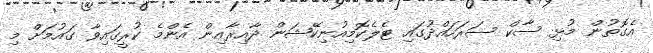
އެގޮތުން މުޅި ސާކް ސަރަހައްދުގައި ޓެލެކޮމިއުނިކޭޝަން ދާއިރާއިން އެންމެ ކުރީގައިވާ ގައުމަށް މި